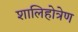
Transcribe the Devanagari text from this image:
शालिहोत्रेण